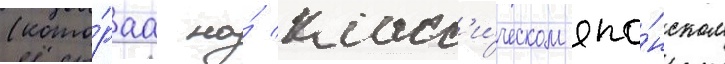
(кото́раа на́ класс'и́ческом япо́нском